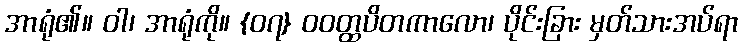
အာရုံ၏။ ဝါ၊ အာရုံကို။ {၀၇} ဝဝတ္ထပိတကာလော၊ ပိုင်းခြား မှတ်သားအပ်ရာ